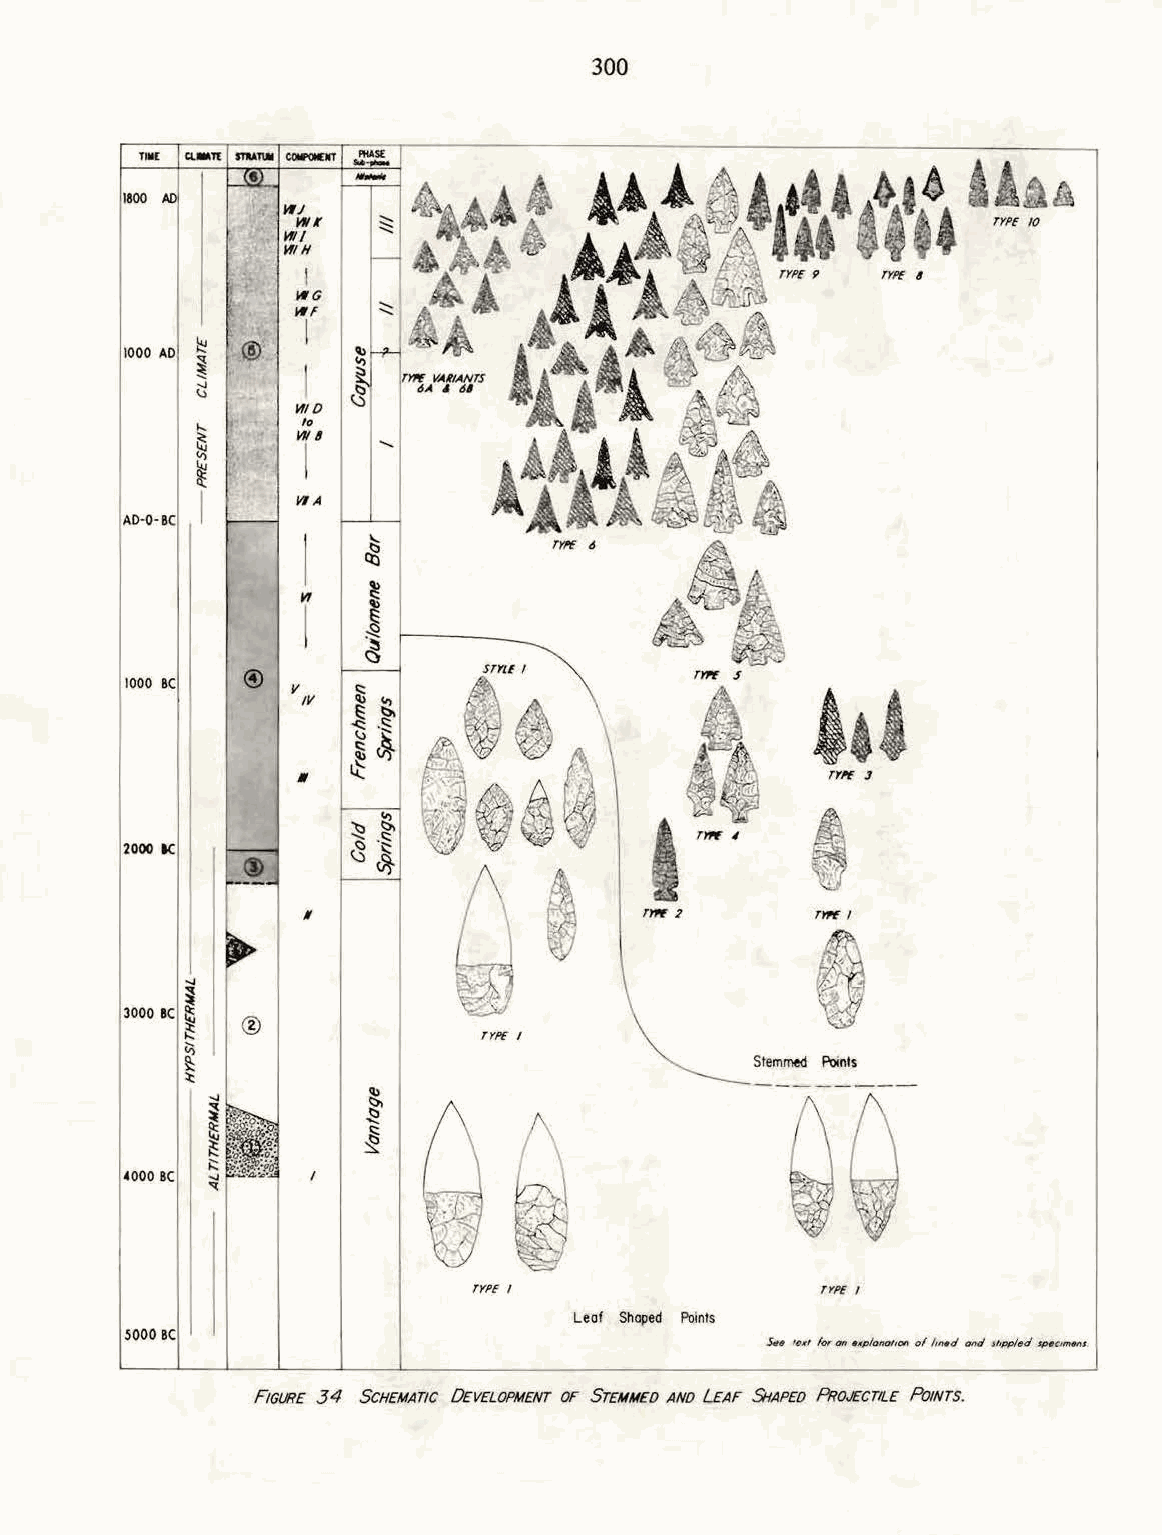
300
 ....
 ~
 ~
 rt
 I
 AD-0-BC
 1000 BC
 2000 1K
 ®
 TYP£ I
 Stemmed Poinls
 TyPE I                 TYP£ I
 Leof Shaped Poinls
 SOOO BC
 FIGURE 34 SCHEMATIC DEVELOPMENT OF STEMMED ANO LEAF 5HAPEO PROJECTILE PoiNTS.